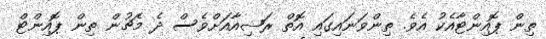
ތިން ޕޮއިންޓާއެކު އެވެ. ތިންވަނައިގައި އޮތް ރަޝިއާއަށްވެސް ދެ މެޗުން ތިން ޕޮއިންޓް